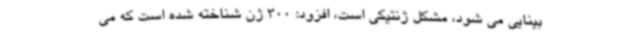
بینایی می شود، مشکل ژنتیکی است، افزود: 300 ژن شناخته شده است که می